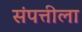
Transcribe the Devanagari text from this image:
संपत्तीला